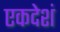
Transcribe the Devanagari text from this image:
एकदेशं